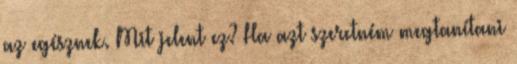
az egésznek. Mit jelent ez? Ha azt szeretném megtanítani